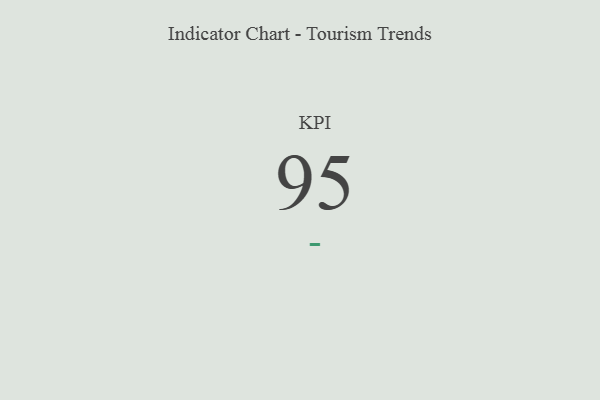
{"axis": {"x": "KPI", "y": "Value"}, "legend": [""], "data": [{"x": "KPI", "y": 95, "type": ""}]}